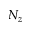
N _ { z }